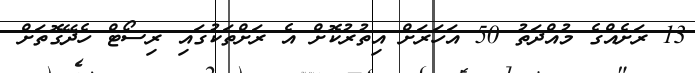
13 ރަށެއްގެ މުއްދަތު 50 އަހަރަށް އިތުރުކޮށް އެ ރަށްތަކުގައި ރިސޯޓް ހެދޭގޮތަށް